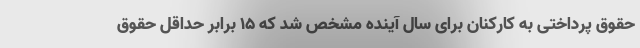
حقوق پرداختی به کارکنان برای سال آینده مشخص شد که ۱۵ برابر حداقل حقوق